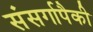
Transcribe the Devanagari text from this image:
संसर्गापैकी